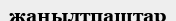
жаңылтпаштар